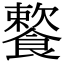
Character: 𩞌